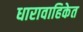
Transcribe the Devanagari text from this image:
धारावाहिकेत